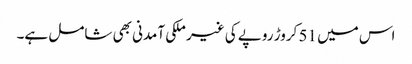
اس میں 51 کروڑ روپے کی غیر ملکی آمدنی بھی شامل ہے۔